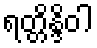
ရတ္တိန္ဒိဝါ